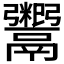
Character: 𬴺